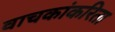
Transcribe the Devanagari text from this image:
वाचकांकरिता